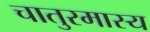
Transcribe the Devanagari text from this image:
चातुरमास्य